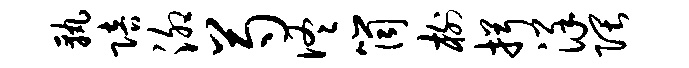
孰陪泖芍佟筒榭揖详隈